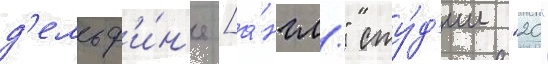
д'ельф'и́н'е [а́нгл." сту́д'ии "20"